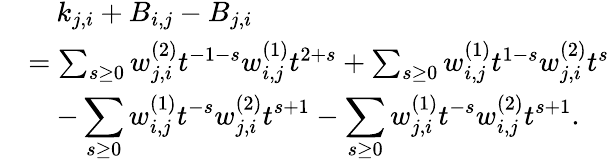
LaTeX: \begin{array}{rl}&{\quad k_{j,i}+B_{i,j}-B_{j,i}}\\ &{=\sum_{s\geq 0}w_{j,i}^{(2)}t^{-1-s}w_{i,j}^{(1)}t^{2+s}+\sum_{s\geq 0}w_{i,j}^{(1)}t^{1-s}w_{j,i}^{(2)}t^{s}}\\ &{\quad-\displaystyle\sum_{s\geq 0}w_{i,j}^{(1)}t^{-s}w_{j,i}^{(2)}t^{s+1}-\displaystyle\sum_{s\geq 0}w_{j,i}^{(1)}t^{-s}w_{i,j}^{(2)}t^{s+1}.}\end{array}